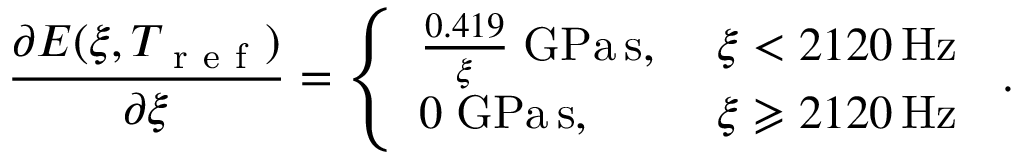
\frac { \partial E ( \xi , T _ { \mathrm { ~ r ~ e ~ f ~ } } ) } { \partial \xi } = \left\{ \begin{array} { l l } { \frac { 0 . 4 1 9 } { \xi } \mathrm { \; G P a \, s , \ } } & { \xi < 2 1 2 0 \mathrm { \, H z } } \\ { 0 \mathrm { \; G P a \, s , \ } } & { \xi \geqslant 2 1 2 0 \mathrm { \, H z } } \end{array} \right. \, .